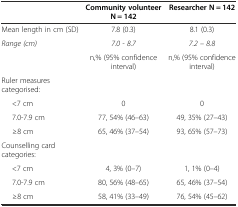
<table><thead><tr><td></td><td><b>Community volunteer N = 142</b></td><td><b>Researcher N = 142</b></td></tr></thead><tbody><tr><td>Mean length in cm (SD)</td><td>7.8 (0.3)</td><td>8.1 (0.3)</td></tr><tr><td><i>Range (cm)</i></td><td><i>7.0 - 8.7</i></td><td><i>7.2 – 8.8</i></td></tr><tr><td></td><td>n,% (95% confidence interval)</td><td>n,% (95% confidence interval)</td></tr><tr><td>Ruler measures categorised:</td><td></td><td></td></tr><tr><td>&lt;7 cm</td><td>0</td><td>0</td></tr><tr><td>7.0-7.9 cm</td><td>77, 54% (46–63)</td><td>49, 35% (27–43)</td></tr><tr><td>≥8 cm</td><td>65, 46% (37–54)</td><td>93, 65% (57–73)</td></tr><tr><td>Counselling card categories:</td><td></td><td></td></tr><tr><td>&lt;7 cm</td><td>4, 3% (0–7)</td><td>1, 1% (0–4)</td></tr><tr><td>7.0-7.9 cm</td><td>80, 56% (48–65)</td><td>65, 46% (37–54)</td></tr><tr><td>≥8 cm</td><td>58, 41% (33–49)</td><td>76, 54% (45–62)</td></tr></tbody></table>